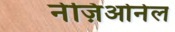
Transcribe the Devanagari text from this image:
नेज़िओनेल